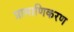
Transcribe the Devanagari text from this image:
प्रामाणिकरण